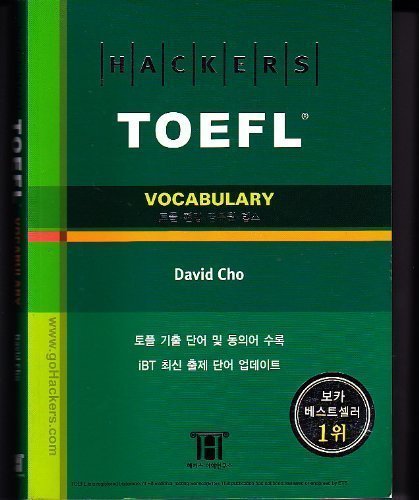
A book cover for TOEFL (Vocabulary) (Vocabulary); David Cho; Test Preparation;